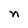
Character: n